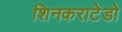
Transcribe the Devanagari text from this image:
शिनकराटेडो